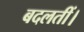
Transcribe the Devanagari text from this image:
बदलतीं।